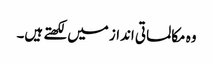
وہ مکالماتی انداز میں لکھتے ہیں۔